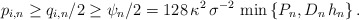
\begin{align*}p_{i,n}\geq q_{i,n}/2\geq \psi _{n}/2=128\,\kappa ^{2}\,\sigma ^{-2}\,\min\left\{ P_{n},D_{n}\,h_{n}\right\} . \end{align*}